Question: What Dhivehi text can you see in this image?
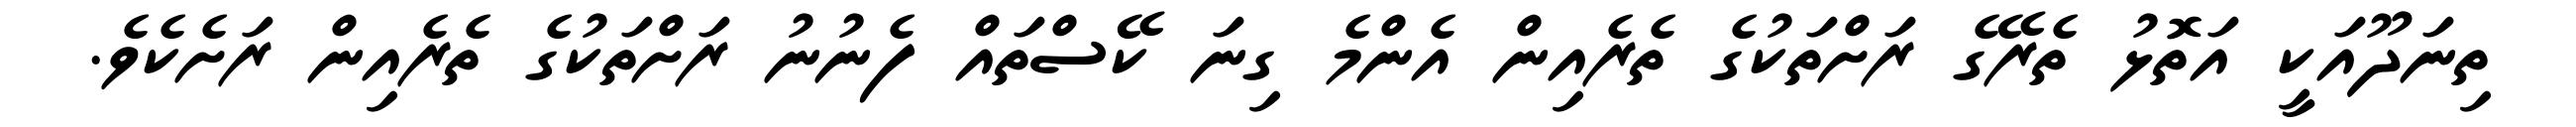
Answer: ތިނަދޫއަކީ އަތޮޅު ތެރޭގެ ރަށްތަކުގެ ތެރެއިން އެންމެ ގިނަ ކޭސްތައް ފެނުނު ރަށްތަކުގެ ތެރެއިން ރަށެކެވެ.